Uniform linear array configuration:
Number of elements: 16
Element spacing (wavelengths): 0.75
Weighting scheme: blackman
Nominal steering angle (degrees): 15
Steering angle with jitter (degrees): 14.272
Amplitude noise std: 0.05
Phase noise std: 0.05

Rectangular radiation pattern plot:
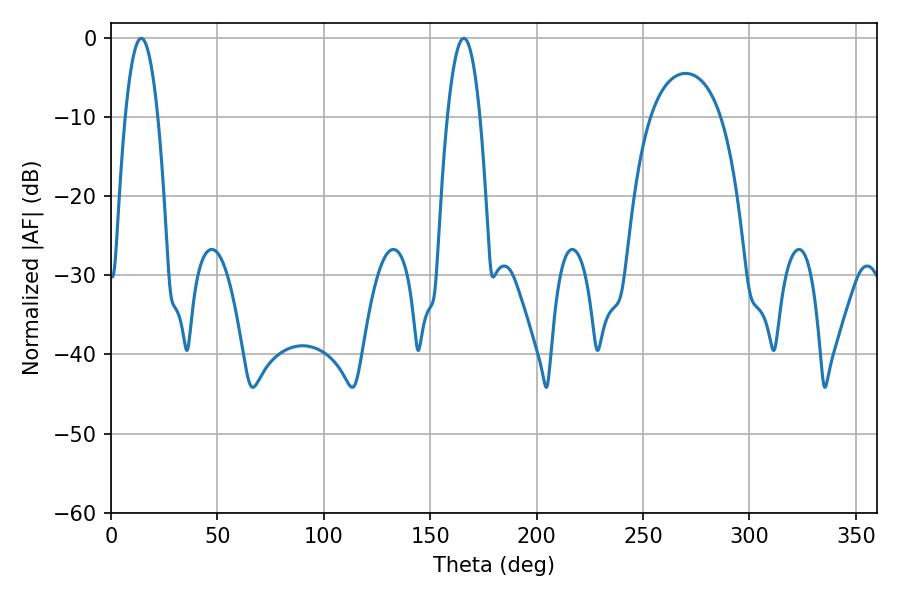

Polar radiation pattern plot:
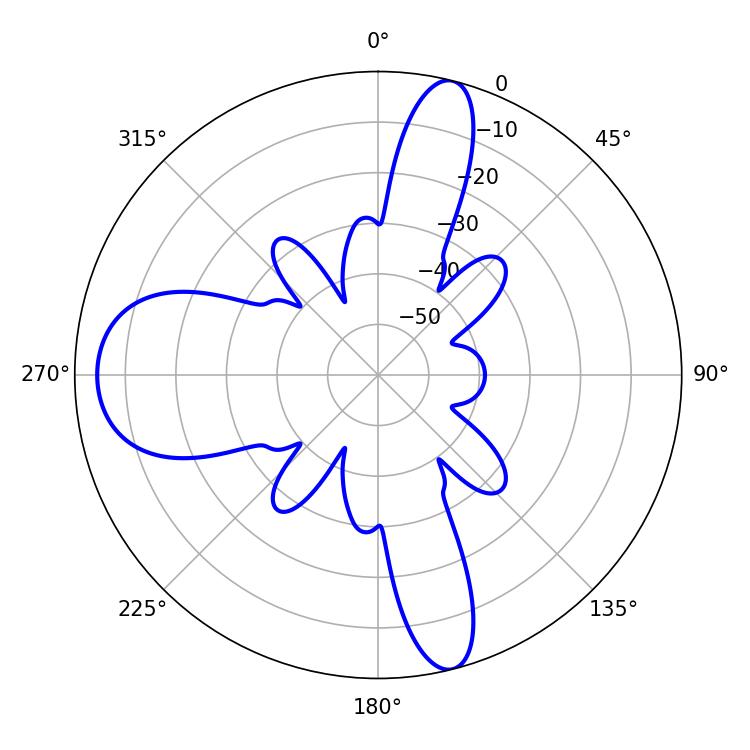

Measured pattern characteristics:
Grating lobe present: TRUE
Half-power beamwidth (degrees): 8.46
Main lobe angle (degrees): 14.22